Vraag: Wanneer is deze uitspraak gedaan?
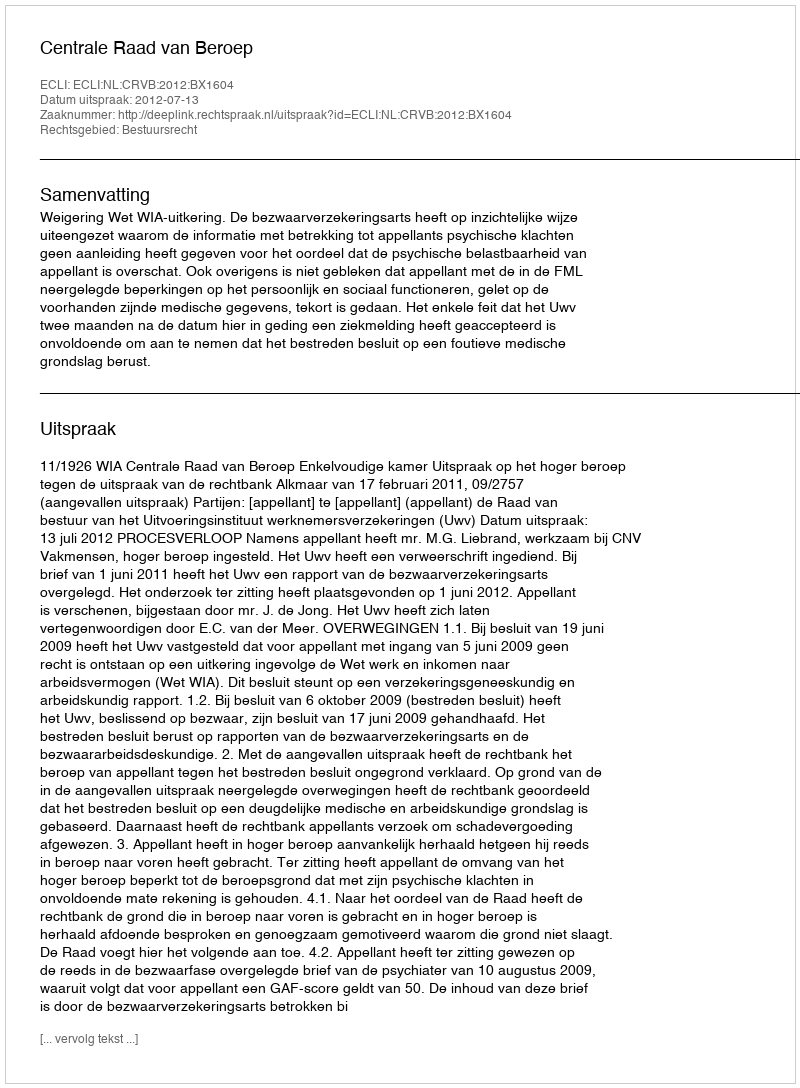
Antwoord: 2012-07-13